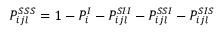
P _ { i j l } ^ { S S S } = 1 - P _ { i } ^ { I } - P _ { i j l } ^ { S I I } - P _ { i j l } ^ { S S I } - P _ { i j l } ^ { S I S }